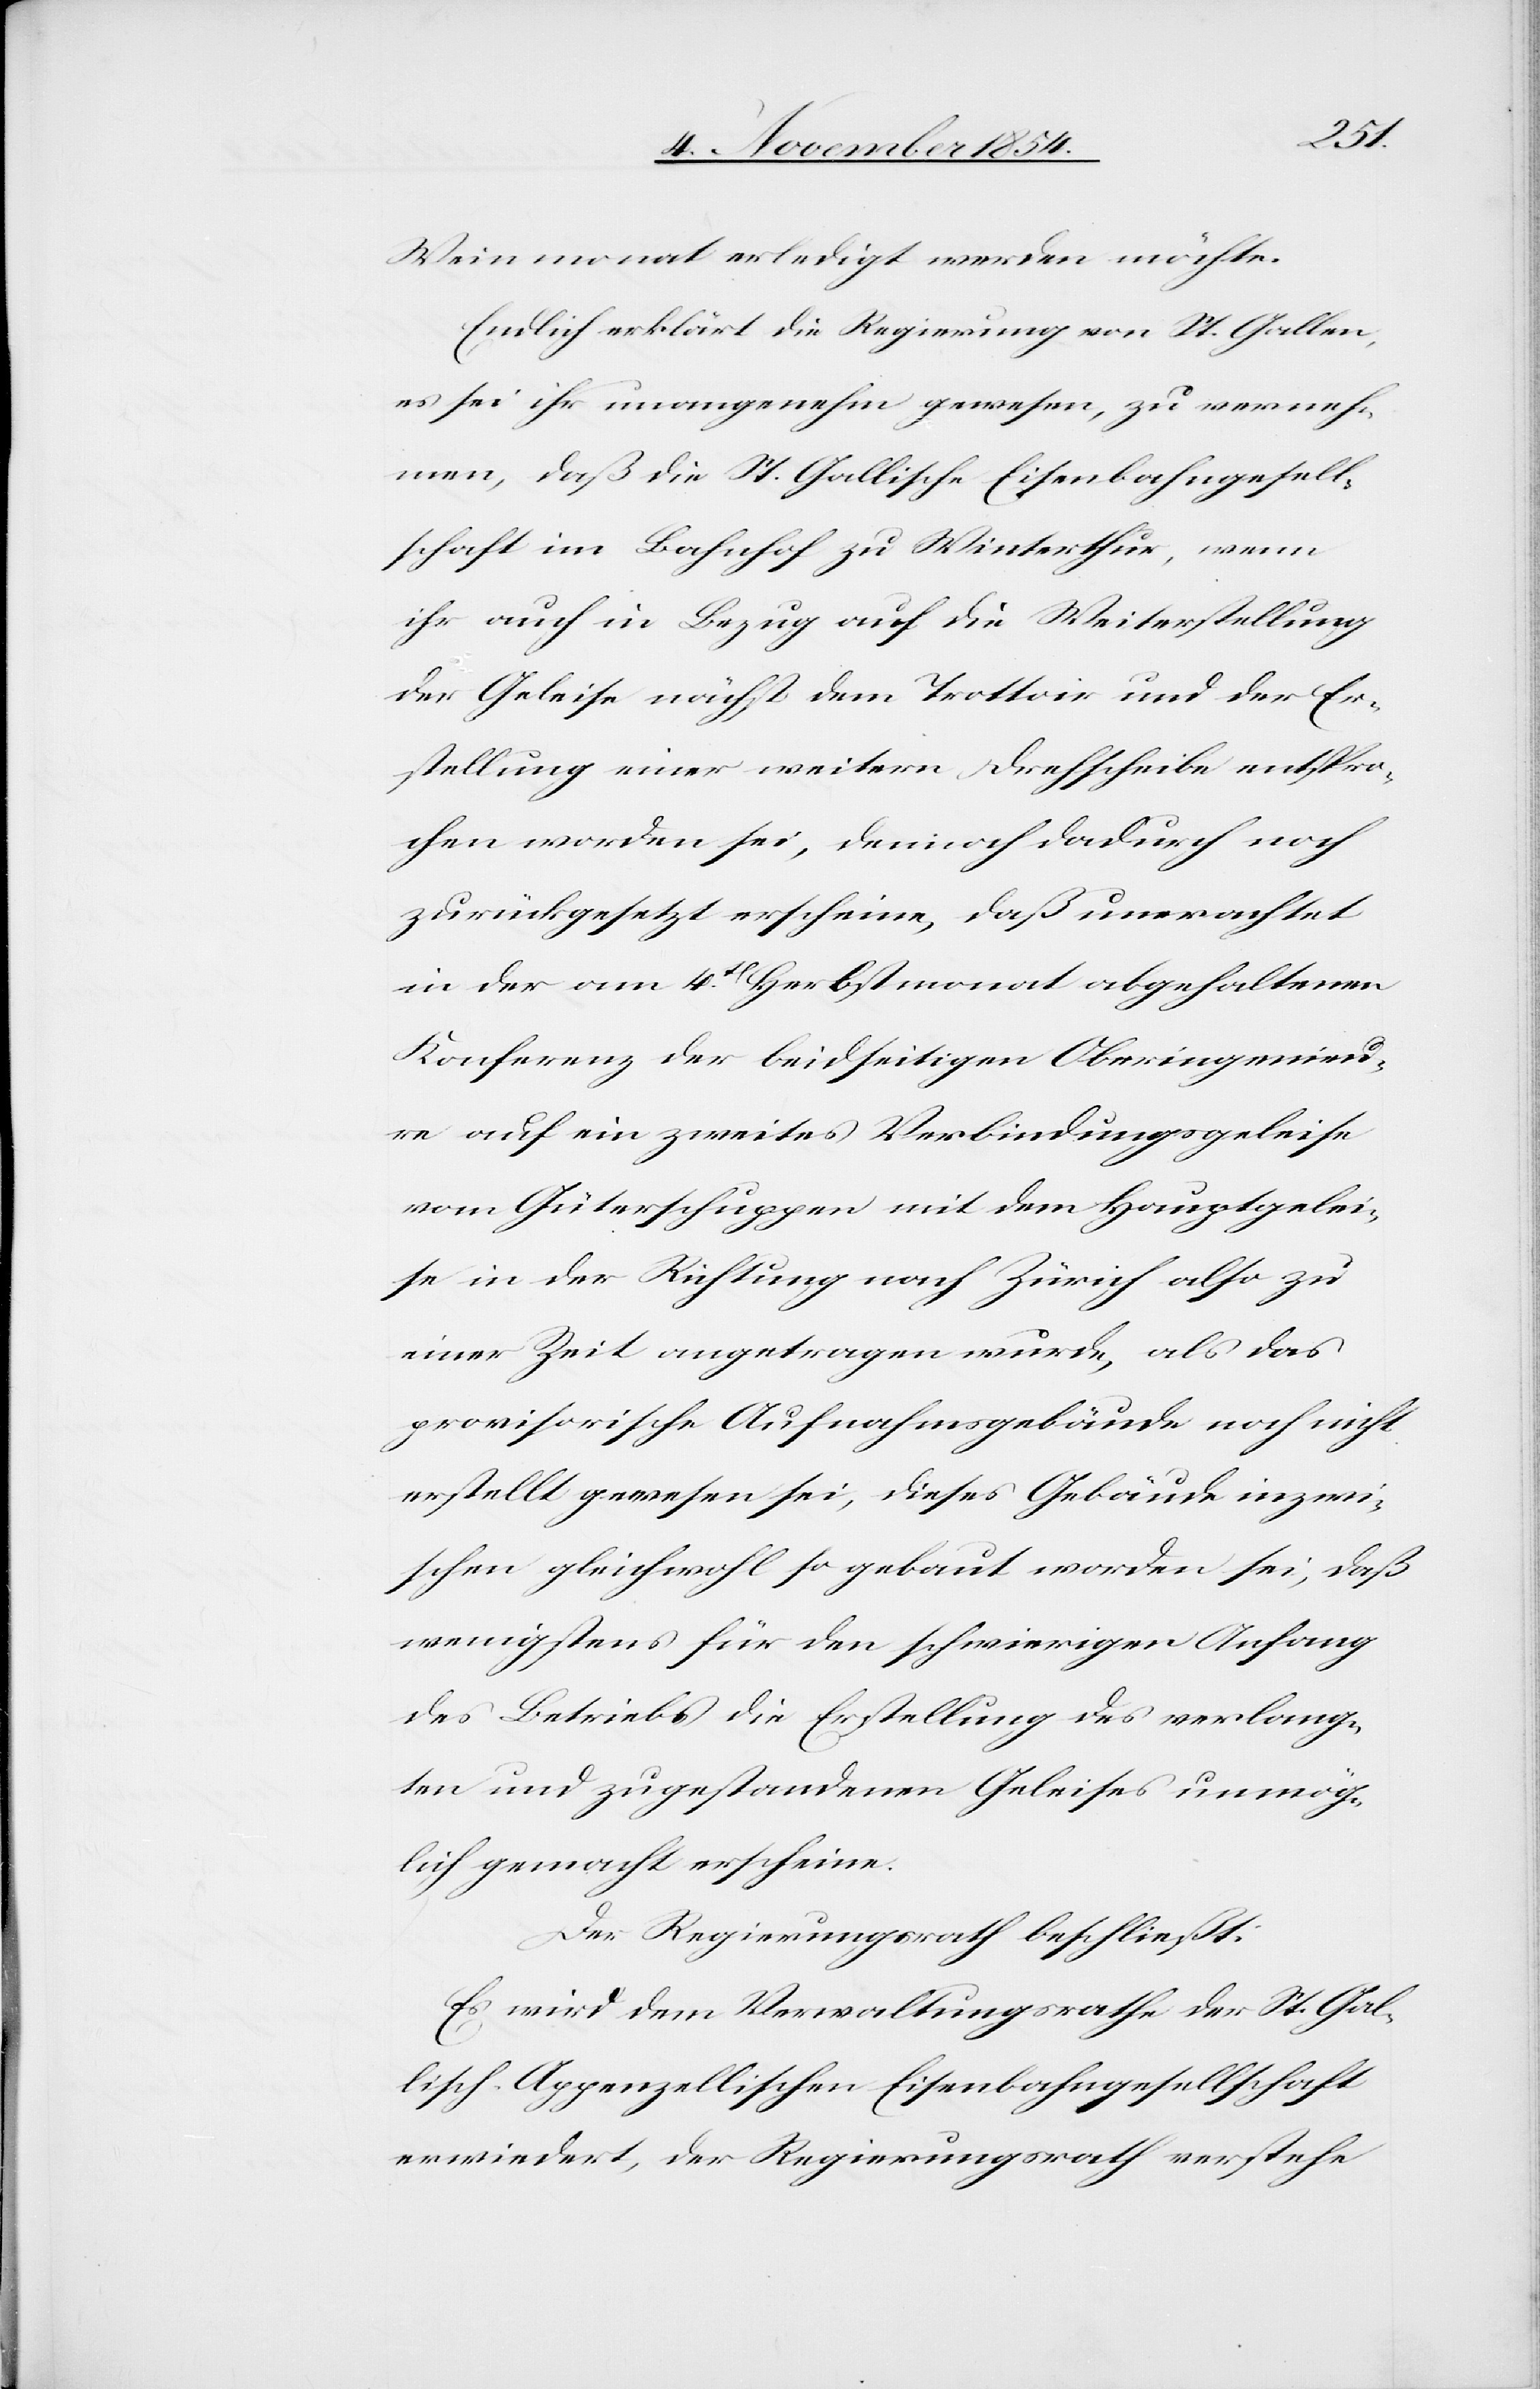
Weinmonat erledigt werden möchte.
Endlich erklärt die Regierung von St. Gallen,
es sei ihr unangenehm gewesen, zu verneh¬
men, daß die St. Gallische Eisenbahngesell¬
schaft im Bahnhof zu Winterthur, wenn
ihr auch in Bezug auf die Weiterstellung
der Geleise nächst dem Trottoir und der Er¬
stellung einer weitern Drehscheibe entspro¬
chen worden sei, dennoch dadurch noch
zurückgesetzt erscheine, das unerachtet
in der am 4t Herbstmonat abgehaltenen
Konferenz der beidseitigen Oberingenieu¬
re auf ein zweites Verbindungsgeleise
vom Güterschuppen mit dem Hauptgelei¬
se in der Richtung nach Zürich also zu
einer Zeit angetragen wurde, als das
provisorische Aufnahmsgebäude noch nicht
erstellt gewesen sei, dieses Gebäude inzwi¬
schen gleichwohl so gebaut worden sei, daß
wenigstens für den schwierigen Anfang
des Betriebs die Erstellung des verlang¬
ten und zugestandenen Geleises unmög¬
lich gemacht erscheine.
Der Regierungsrath beschließt:
Es wird dem Verwaltungsrathe der St. Gal¬
lisch-Appenzellischen Eisenbahngesellschaft
erwiedert, der Regierungsrath verstehe